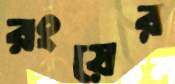
রংয়ের